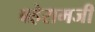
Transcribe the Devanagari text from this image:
बहेरामजी